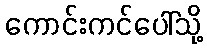
ကောင်းကင်ပေါ်သို့